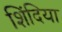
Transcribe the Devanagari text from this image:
शिंदिया